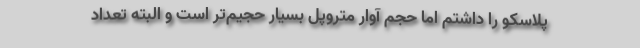
پلاسکو را داشتم اما حجم آوار متروپل بسیار حجیم‌تر است و البته تعداد